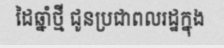
ដៃឆ្នាំថ្មី ជូនប្រជាពលរដ្ឋក្នុង